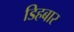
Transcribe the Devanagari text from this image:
डिहबार